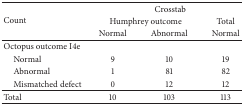
<table><thead><tr><td rowspan="3"><b>Count</b></td><td colspan="3"><b>Crosstab</b></td></tr><tr><td colspan="2"><b>Humphrey outcome</b></td><td><b>Total</b></td></tr><tr><td><b>Normal</b></td><td><b>Abnormal</b></td><td><b>Normal</b></td></tr></thead><tbody><tr><td>Octopus outcome I4e</td><td> </td><td> </td><td> </td></tr><tr><td> Normal</td><td>9</td><td>10</td><td>19</td></tr><tr><td> Abnormal</td><td>1</td><td>81</td><td>82</td></tr><tr><td> Mismatched defect</td><td>0</td><td>12</td><td>12</td></tr><tr><td>Total</td><td>10</td><td>103</td><td>113</td></tr></tbody></table>